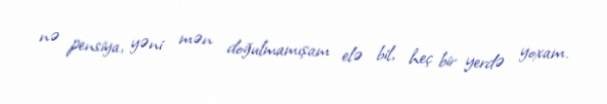
nə pensiya, yəni mən doğulmamışam elə bil, heç bir yerdə yoxam.